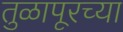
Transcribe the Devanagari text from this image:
तुळापूरच्या